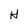
Character: H